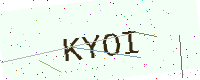
Text: KYOI